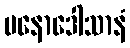
မနောဒေါသာနံ